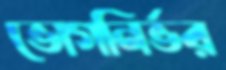
ভোগনির্ভর